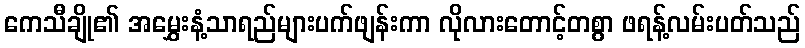
ကေသီချို၏ အမွှေးနံ့သာရည်များပက်ဖျန်းကာ လိုလားတောင့်တစွာ ဖရန့်လမ်းပတ်သည်